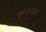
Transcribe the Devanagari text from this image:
सुविधाविहिन